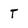
Character: t